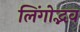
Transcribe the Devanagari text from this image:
लिंगोद्भव